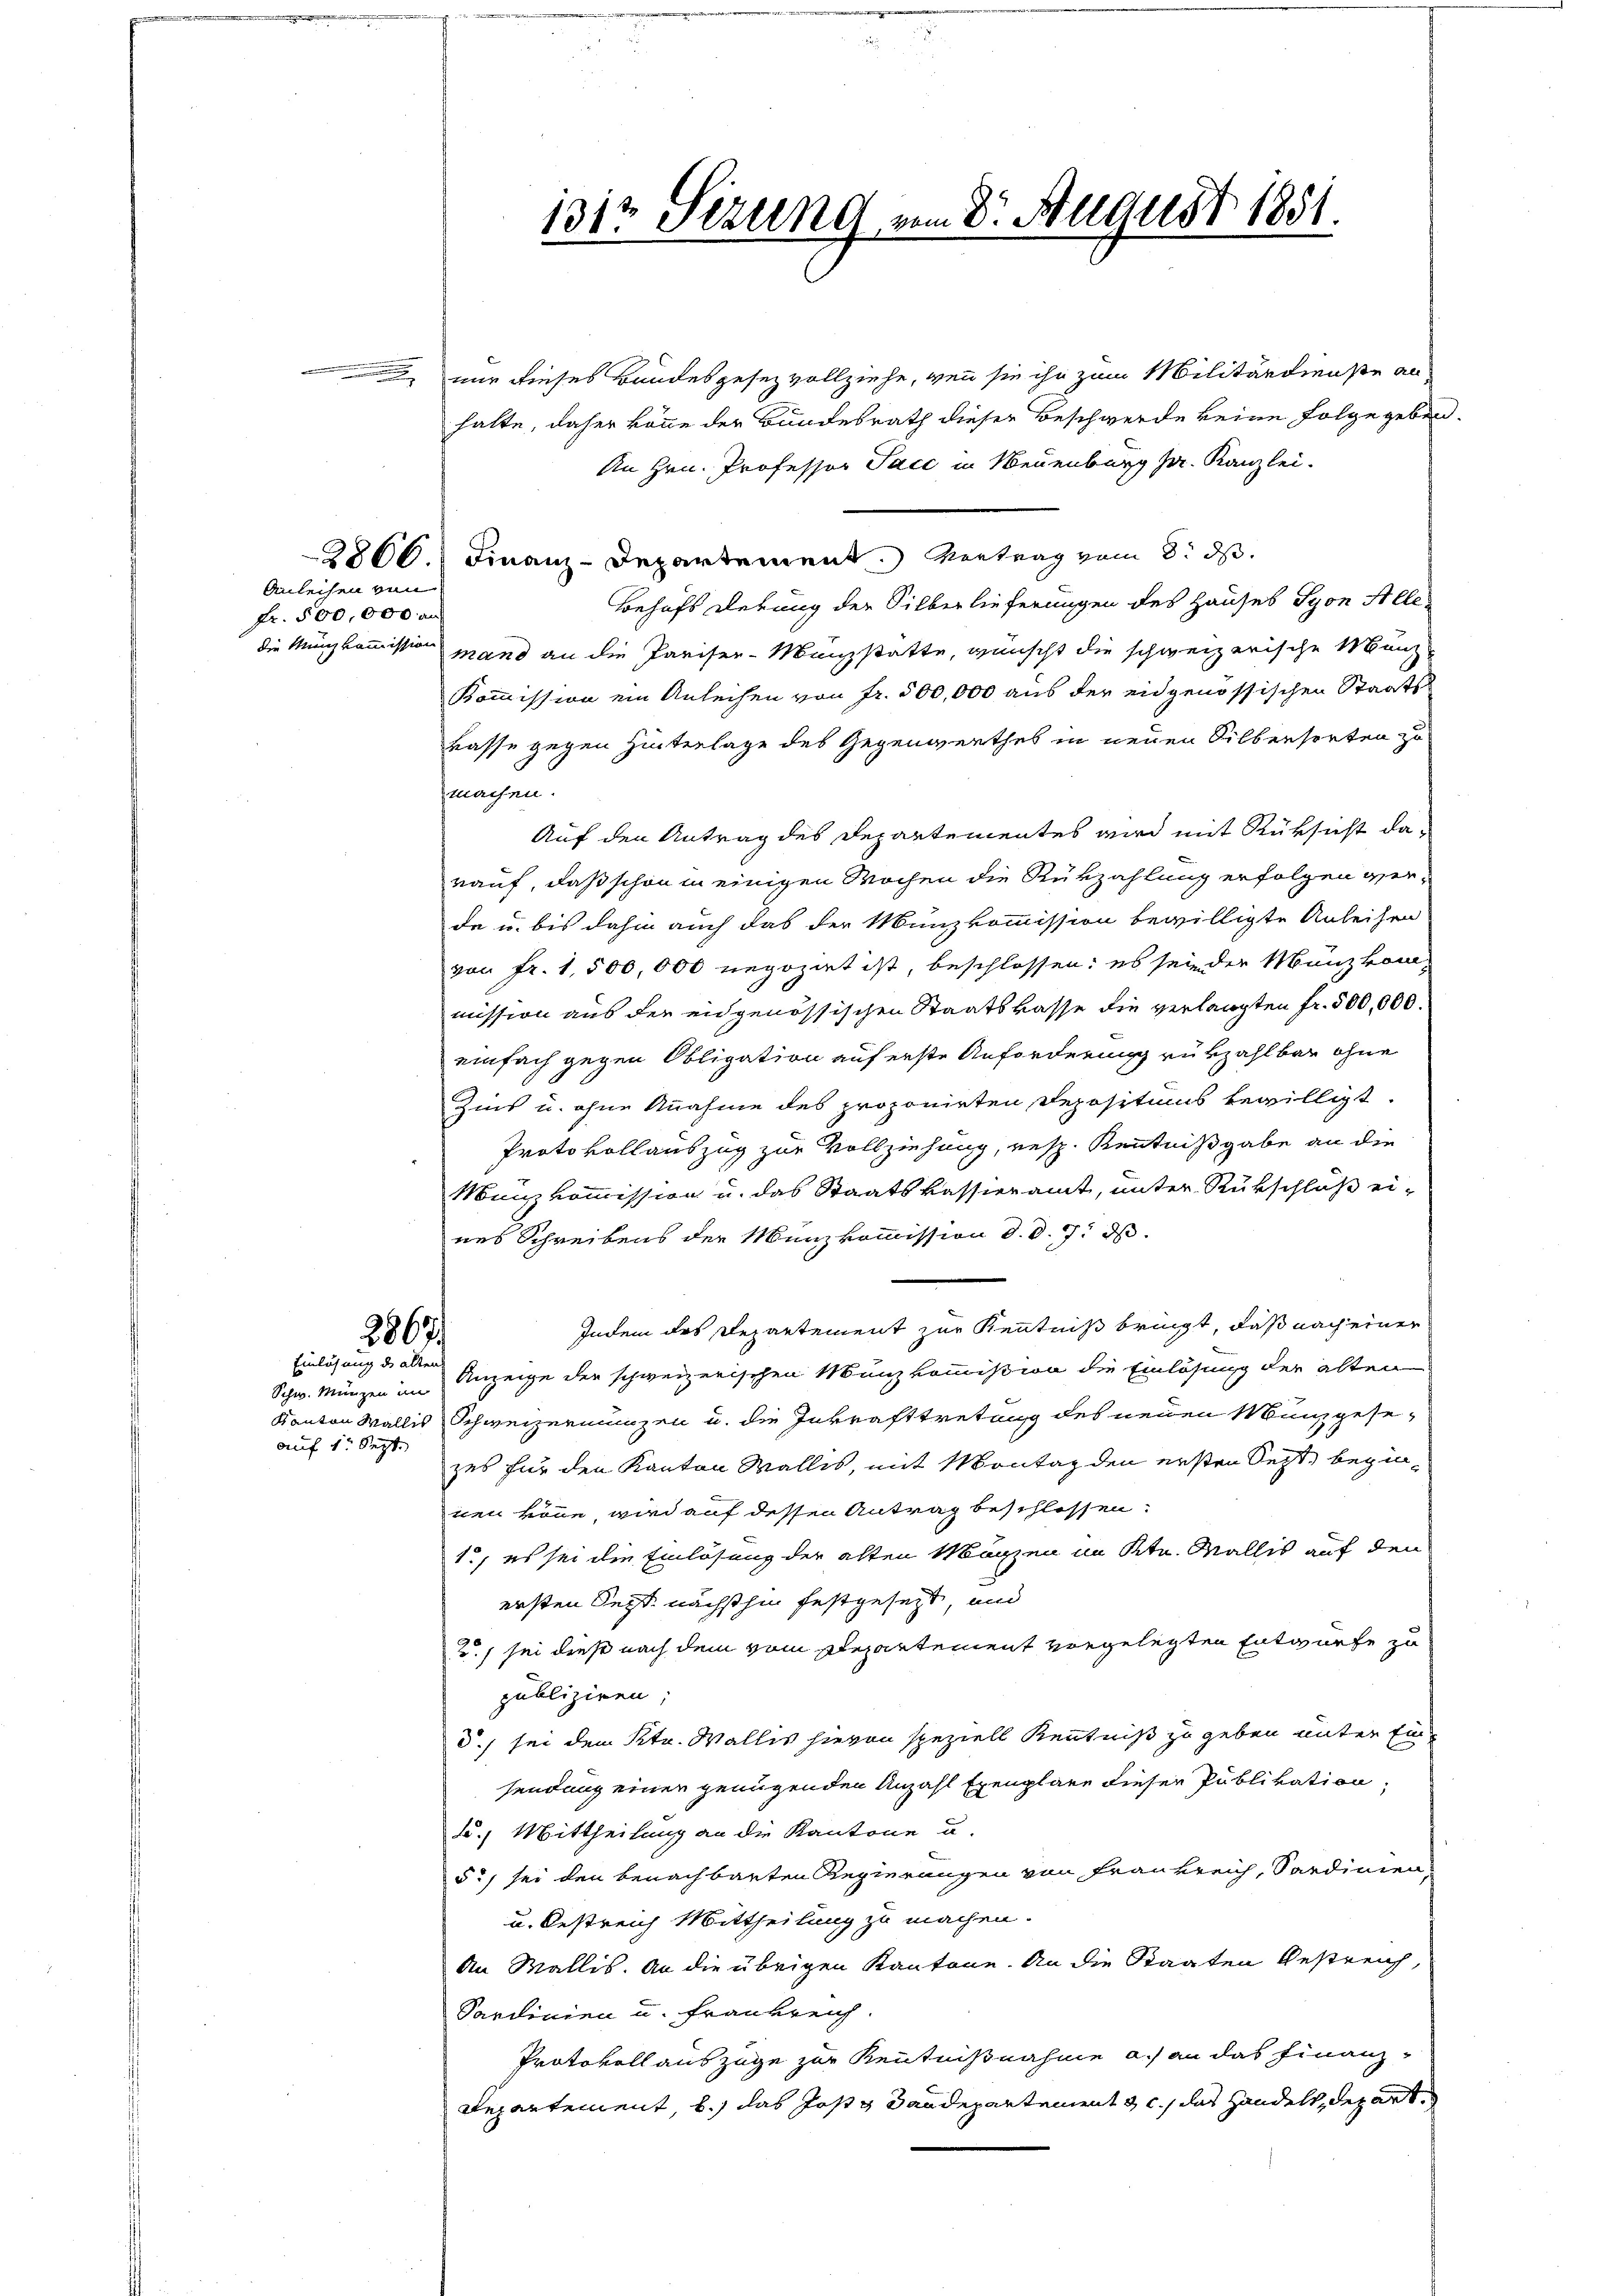
Anleihen von
fr. 500,000 an

Einlösung des alten

auf 1. Sept.

nur dieses Bandesgesez vollziehe, wenn sie ihr zum Militärdienste anhalte, daher könne der Bundesrath dieser Beschwerde keine Folge geben.
An Hrn. Professor Sacc in Neuenburg Hr. Kanzlei-
2800. Finanz-Departement. Vertrag vom 8. d.
Behufs derung der Silberlieferungen des Hauses Syon Alle
die Mingkommission mand an die Pariser-Münzstatte, wünscht die schweizerische Münz-
Kommission ein Anleihen von Fr. 500,000 aus der eidgenössischen Staats-
kasse gegen Hinterlage des Gegenwerthes in neuen Silbersorten zu
machen.
Auf den Antrag des Departementes wird mit Rüksicht darauf, daß schon in einigen Wochen die Rükzahlung erfolgen ver-
de u. bis dahin auch das der Münzkommission bewilligte Anleihen
von Fr. 1,500,000 negozirt ist, beschlossen: es sei der Manzkommission aus der eidgenössischen Staatskasse die verlangten Fr. 500,000.
einfach gegen Obligation auf erste Anforderung rükzahlbar ohne
Zins u. ohne Annahme des proponirten Depositums bewilligt.
Protokollauszug zur Vollziehung, resp. Kenntnißgabe an die
Münzkommission u. das Staatskassieramt, unter Rükschluß ei-
nes Schreibens der Münzkommission d. d. 7. ds.
Indem des Departement zur Kenntniß bringt, daß nach einer
2867/
Schw. Münzen im Anzeige der schweizerischen Münzkommission die Einlösung der alten
Kanton Wallis Schweizernungen u. die Inkrafttretung des neuen Münzgesezes für den Kanton Wallis, mit Montag den ersten Sept, beginnen köne wird auf dessen Antrag beschlossen:
1., es sei die Einlösung der alten Märzen im Ktn. Wallis auf den
ersten Sept. nächsthin festgesezt, und
2) sei diese nach dem vom Departement vorgelegten Entwurfe zu
publiziren;
d.) sei dem Str. Wallis hievon speziell Kenntniß zu geben unter Einsendung einer genügenden Anzahl Exemplare dieser Publikation,
2.) Mittheilung an die Kantone u.
5c) sei den benachbarten Regierungen von Frankreich, Sardinien,
u. bestreich Mittheilung zu machen.
An Wallis. An die übrigen Kantone. An die Staaten Gestreich,
Sardinien u. Frankreich.
Protokoll auszuge zur Kenntnißnahme a. an das Finanz¬
Departement, b.) das Josts Sandepartement c. das Handelt, depart

131t Sizung vom 8. August 1851.